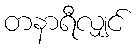
တနာရီလျှင်